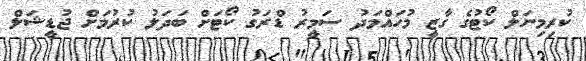
ކުރިމިނަލް ކޯޓުގެ ގާޒީ މުހައްމަދު ސަމީރު ޑްރަގު ކޯޓަށް ބަދަލު ކުރުމަށް ޖުޑީޝަލް